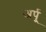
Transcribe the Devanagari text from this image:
अर्पू